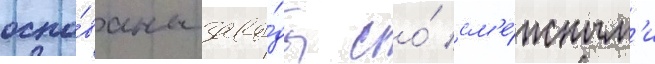
осно́ваны заво́ды со́ см'е́жным'и